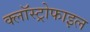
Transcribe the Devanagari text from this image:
क्लॉस्ट्रोफाइल